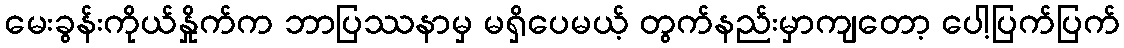
မေးခွန်းကိုယ်နှိုက်က ဘာပြဿနာမှ မရှိပေမယ့် တွက်နည်းမှာကျတော့ ပေါ့ပြက်ပြက်